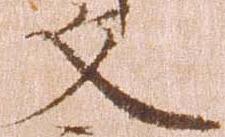
文